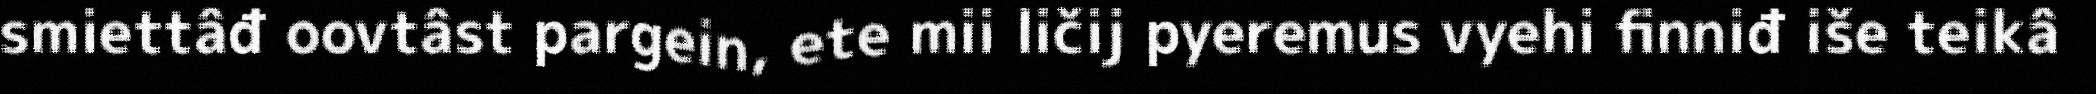
smiettâđ oovtâst pargein, ete mii ličij pyeremus vyehi finniđ iše teikâ